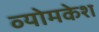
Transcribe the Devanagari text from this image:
व्‍योमकेश